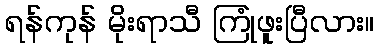
ရန်ကုန် မိုးရာသီ ကြုံဖူးပြီလား။